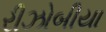
રીઝોબીયા